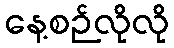
နေ့စဉ်လိုလို